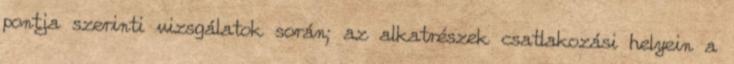
pontja szerinti vizsgálatok során; az alkatrészek csatlakozási helyein a